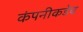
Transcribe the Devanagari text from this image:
कंपनीकडेच